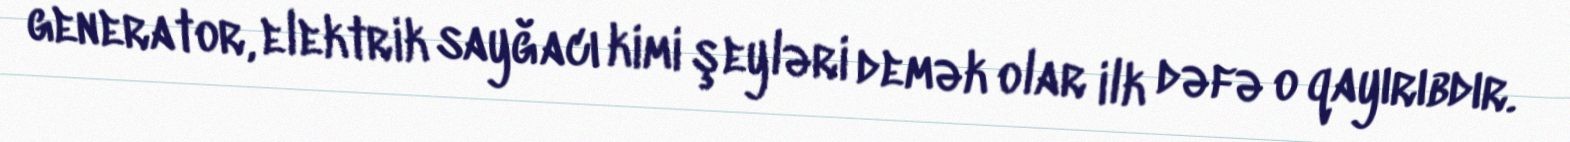
generator, elektrik sayğacı kimi şeyləri demək olar ilk dəfə o qayırıbdır.